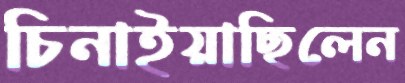
চিনাইয়াছিলেন